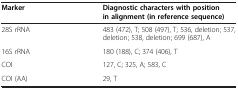
<table><thead><tr><td><b>Marker</b></td><td><b>Diagnostic characters with position in alignment (in reference sequence)</b></td></tr></thead><tbody><tr><td>28S rRNA</td><td>483 (472), T; 508 (497), T; 536, deletion; 537, deletion; 538, deletion; 699 (687), A</td></tr><tr><td>16S rRNA</td><td>180 (188), C; 374 (406), T</td></tr><tr><td>COI</td><td>127, C; 325, A; 583, C</td></tr><tr><td>COI (AA)</td><td>29, T</td></tr></tbody></table>